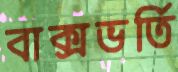
বাক্সভর্তি